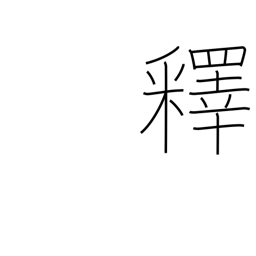
Meaning: explain